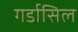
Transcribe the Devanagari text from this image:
गर्डासिल